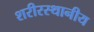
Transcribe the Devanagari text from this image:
शरीरस्थानीय